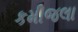
કમીજલા